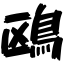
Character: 鴎